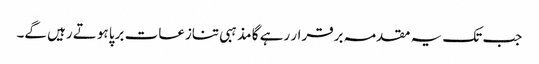
جب تک یہ مقدمہ برقرار رہے گا مذہبی تنازعات برپا ہوتے رہیں گے۔